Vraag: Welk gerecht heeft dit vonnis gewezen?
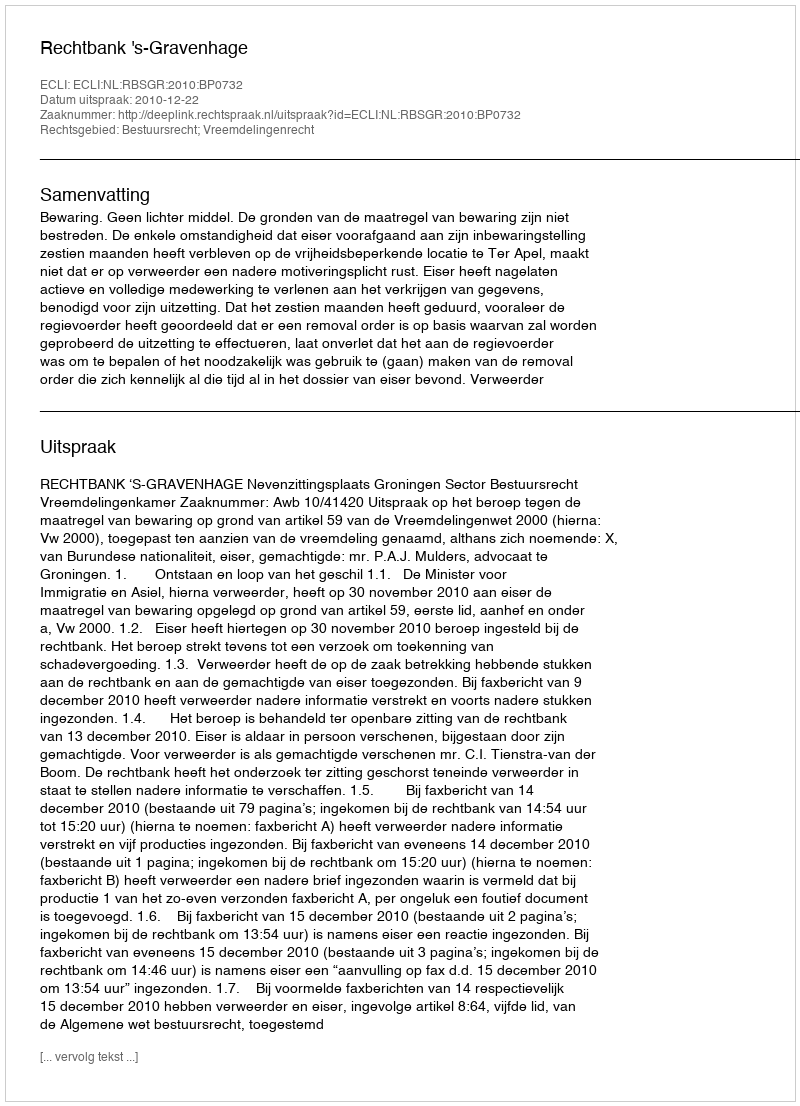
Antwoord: Rechtbank 's-Gravenhage